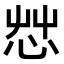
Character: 𢘿